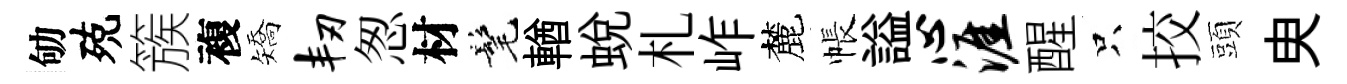
劬殑簇複矯韧怱材髦輶蜕札岞麓帳謚心涯醒只挍頭㬰